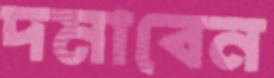
দমাবেন